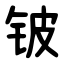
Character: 铍